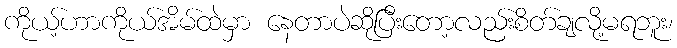
ကိုယ့်ဟာကိုယ်အိမ်ထဲမှာ နေတာပဲဆိုပြီးတော့လည်းစိတ်ချလို့မရဘူး၊